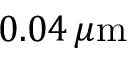
0 . 0 4 \, \mu \mathrm { m }